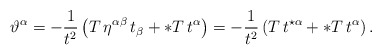
\begin{align*}\vartheta^{\alpha}= - {1\over t^2}\left(T\,\eta^{\alpha\beta}\,t_{\beta} + \ast T\, t^{\alpha}\right)= - {1\over t^2}\left(T\,t^{\star\alpha} + \ast T\, t^{\alpha}\right).\end{align*}